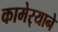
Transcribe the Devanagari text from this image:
कामेर्‍याने